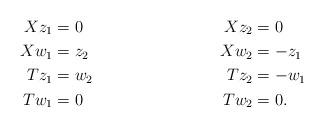
LaTeX: \begin{align*} Xz_1&=0&Xz_2&=0\\Xw_1&=z_2&Xw_2&=-z_1\\Tz_1&=w_2&Tz_2 &= -w_1\\Tw_1&=0&Tw_2&=0.\end{align*}